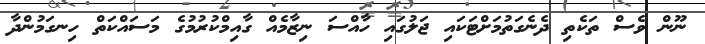
ނޫން ވެސް ތަކެތި ދެނެގަތުމަށްޓަކައި ޖަލުގައި ހާއްސަ ނިޒާމެއް ގާއިމްކުރުމުގެ މަސައްކަތް ހިނގަމުންދާ